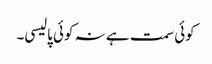
کوئی سمت ہے نہ کوئی پالیسی۔